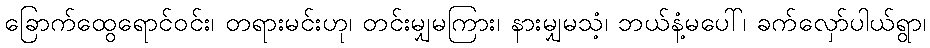
ခြောက်ထွေရောင်ဝင်း၊ တရားမင်းဟု၊ တင်းမျှမကြား၊ နားမျှမသံ့၊ ဘယ်နံ့မပေါ်၊ ခက်လှော်ပါယ်ရွာ၊